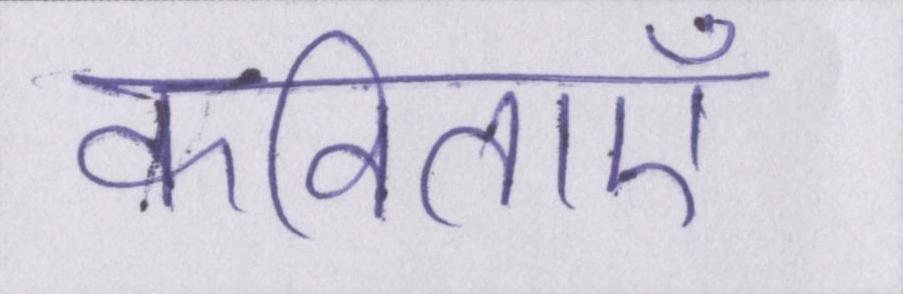
कविताएँ